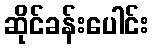
ဆိုင်ခန်းပေါင်း